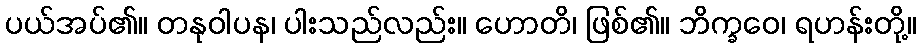
ပယ်အပ်၏။ တနုဝါပန၊ ပါးသည်လည်း။ ဟောတိ၊ ဖြစ်၏။ ဘိက္ခဝေ၊ ရဟန်းတို့။